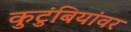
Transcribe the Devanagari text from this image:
कुटुंबियांवर